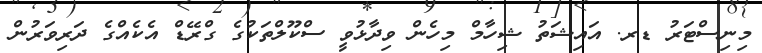
މިނިސްޓަރު ޑރ. އައިޝަތު ޝިހާމް މިހެން ވިދާޅުވީ ސްކޫލްތަކުގެ ގްރޭޑް އެކެއްގެ ދަރިވަރުން